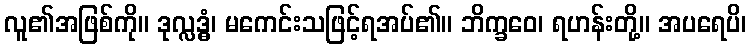
လူ၏အဖြစ်ကို။ ဒုလ္လဒ္ဓံ၊ မကေင်းသဖြင့်ရအပ်၏။ ဘိက္ခဝေ၊ ရဟန်းတို့။ အပရေပိ၊